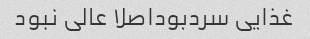
غذایی سردبوداصلا عالی نبود